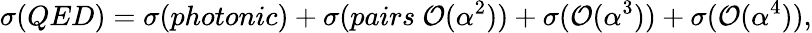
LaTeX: \sigma(QED)=\sigma(photonic)+\sigma(pairs~{\cal{O}}(\alpha^{2}))+\sigma({\cal{O}}(\alpha^{3}))+\sigma({\cal{O}}(\alpha^{4})),